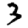
Digit: 3